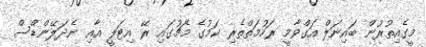
މީގެއިތުރުން ބައިނަލް އަގްވާމީ ރަހުމަތްތެރި ކަމުގެ މެޗުގައި ރޭ އިޓަލީ އާއި ނެދަލޭންޑްސް